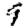
Digit: 9